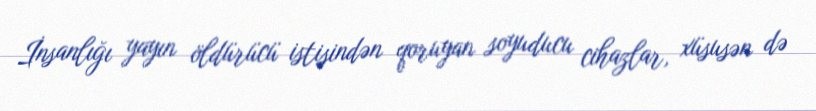
İnsanlığı yayın öldürücü istisindən qoruyan soyuducu cihazlar, xüsusən də